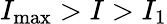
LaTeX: I_{\operatorname*{max}}>I>I_{1}